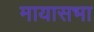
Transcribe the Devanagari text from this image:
मायासभा